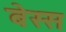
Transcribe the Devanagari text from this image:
बेस्स